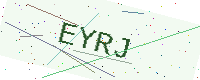
Text: EYRJ